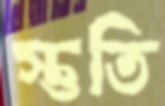
স্তুতি